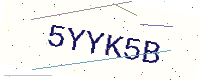
Text: 5YYK5B